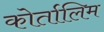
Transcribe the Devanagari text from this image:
कोर्तालिम